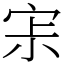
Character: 𡧯